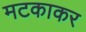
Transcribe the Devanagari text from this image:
मटकाकर